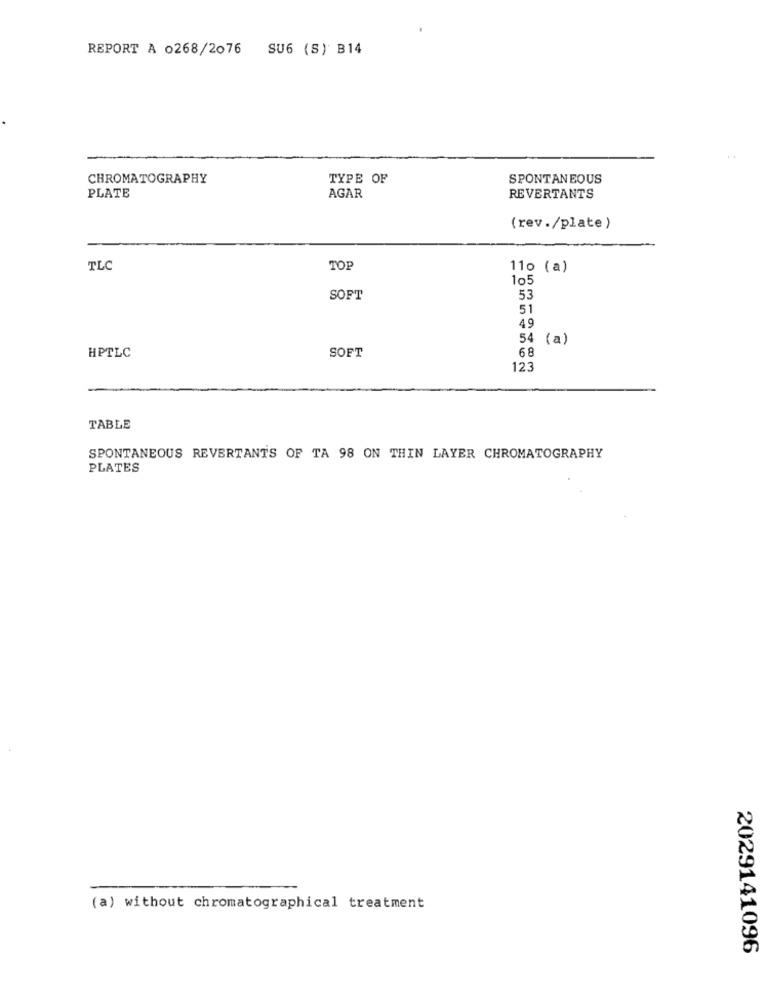
REPORT A 0268/2076 SU6 (S) B14
CHROMATOGRAPHY
TYPE OF
SPONTANEOUS
PLATE
AGAR
REVERTANTS
(rev./plate)
TLC
TOP
110 (a)
105
SOFT
53
51
49
54 (a)
HPTLC
SOFT
68
123
TABLE
SPONTANEOUS REVERTANTS OF TA 98 ON THIN LAYER CHROMATOGRAPHY
PLATES
(a) without chromatographical treatment
2029141096